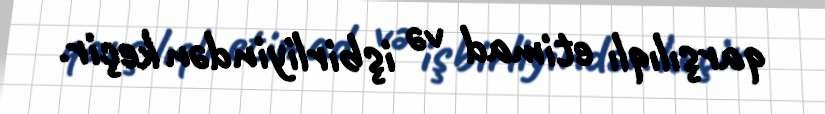
qarşılıqlı etimad və işbirliyindən keçir.